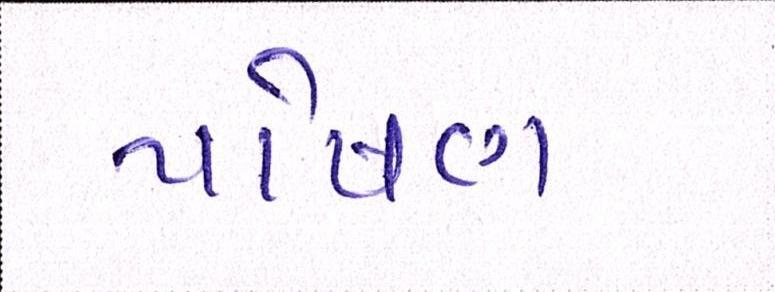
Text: પોષણ